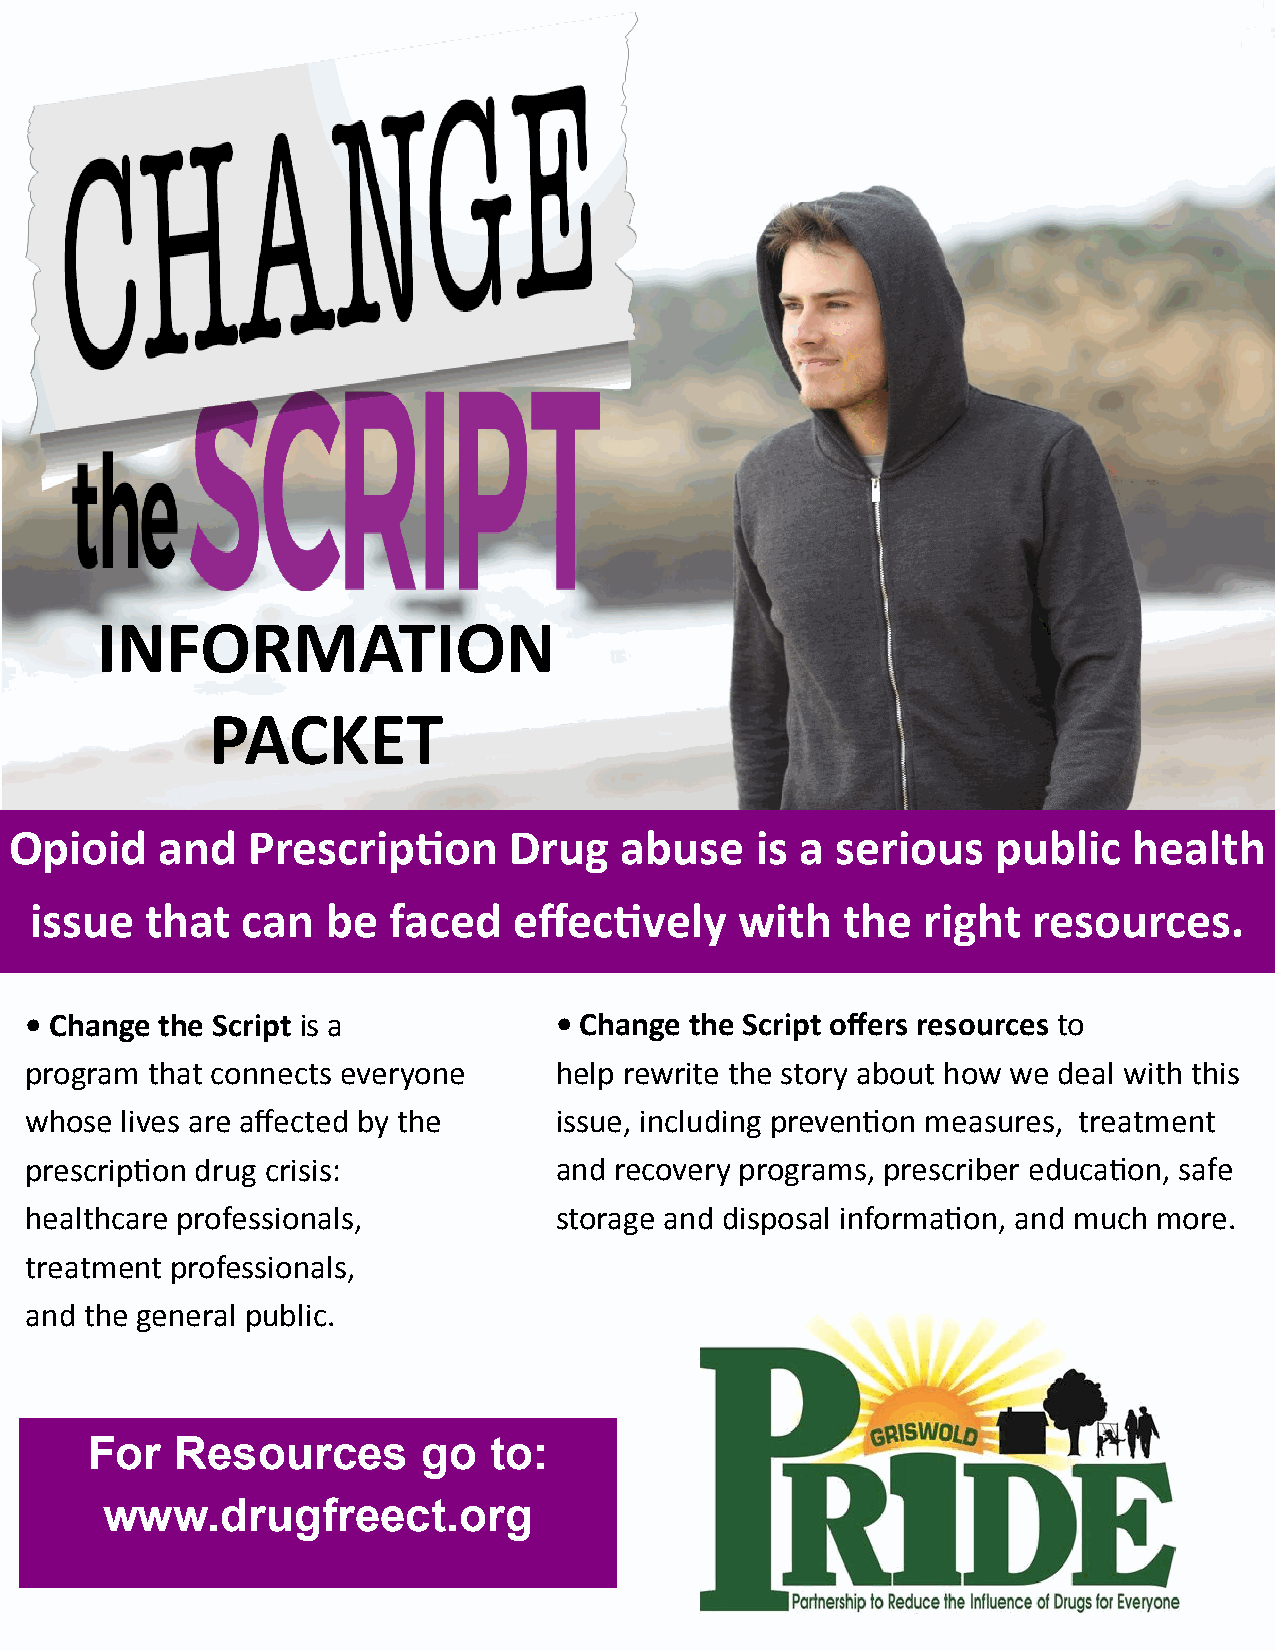
INFORMATION
 PACKET
 Opioid    and  Prescription      Drug   abuse    is a serious    public   health
 issue   that  can   be  faced   effectively    with   the  right  resources.
 • Change the Script is a           • Change the Script offers resources to
 program that connects everyone     help rewrite the story about how we deal with this
 whose lives are affected by the    i s s u e , i ncluding prevention measures, treatment
 prescription drug crisis:          and recovery programs, prescriber education, safe
 healthcare professionals,          storage and disposal information, and much more.
 treatment professionals,
 and the general public.
 For   Resources       go  to:
 www.drugfreect.org